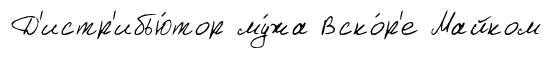
Д'истр'ибью́тор му́жа Вско́р'е Майком